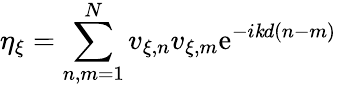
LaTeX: \eta_{\xi}=\sum_{n,m=1}^{N}v_{\xi,n}v_{\xi,m}\mathrm{e}^{-i\mathit{k}d(n-m)}